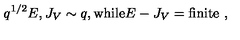
q ^ { 1 / 2 } E , J _ { V } \sim q , \mathrm { w h i l e } E - J _ { V } = \mathrm { f i n i t e } \ ,